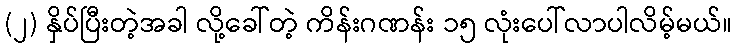
(၂) နှိပ်ပြီးတဲ့အခါ လို့ခေါ်တဲ့ ကိန်းဂဏန်း ၁၅ လုံးပေါ်လာပါလိမ့်မယ်။